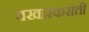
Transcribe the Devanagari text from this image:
वखारकरांती